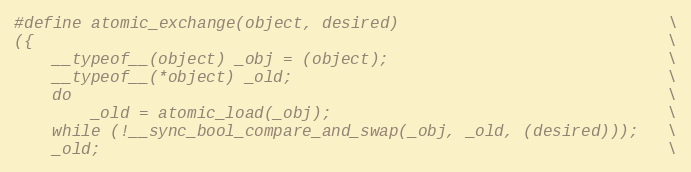
Language: C
#define atomic_exchange(object, desired)                            \
({                                                                  \
    __typeof__(object) _obj = (object);                             \
    __typeof__(*object) _old;                                       \
    do                                                              \
        _old = atomic_load(_obj);                                   \
    while (!__sync_bool_compare_and_swap(_obj, _old, (desired)));   \
    _old;                                                           \